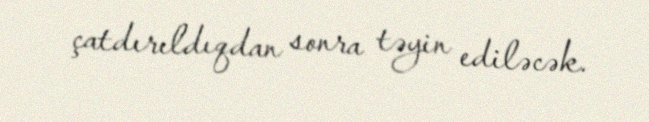
çatdırıldıqdan sonra təyin ediləcək.